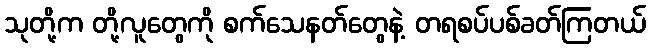
သုတို့က တို့လူတွေကို စက်သေနတ်တွေနဲ့ တရစပ်ပစ်ခတ်ကြတယ်